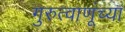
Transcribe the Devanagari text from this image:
गुरुत्वाणूंच्या